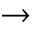
\rightarrow